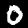
Digit: 0